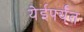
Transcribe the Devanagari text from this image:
येईपर्यँत